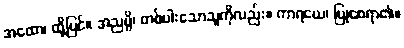
အထော၊ ထို့ပြင်။ အညမ္ပိ၊ တစ်ပါးသောသူကိုလည်း။ ကာရယေ၊ ပြုစေရာ၏။